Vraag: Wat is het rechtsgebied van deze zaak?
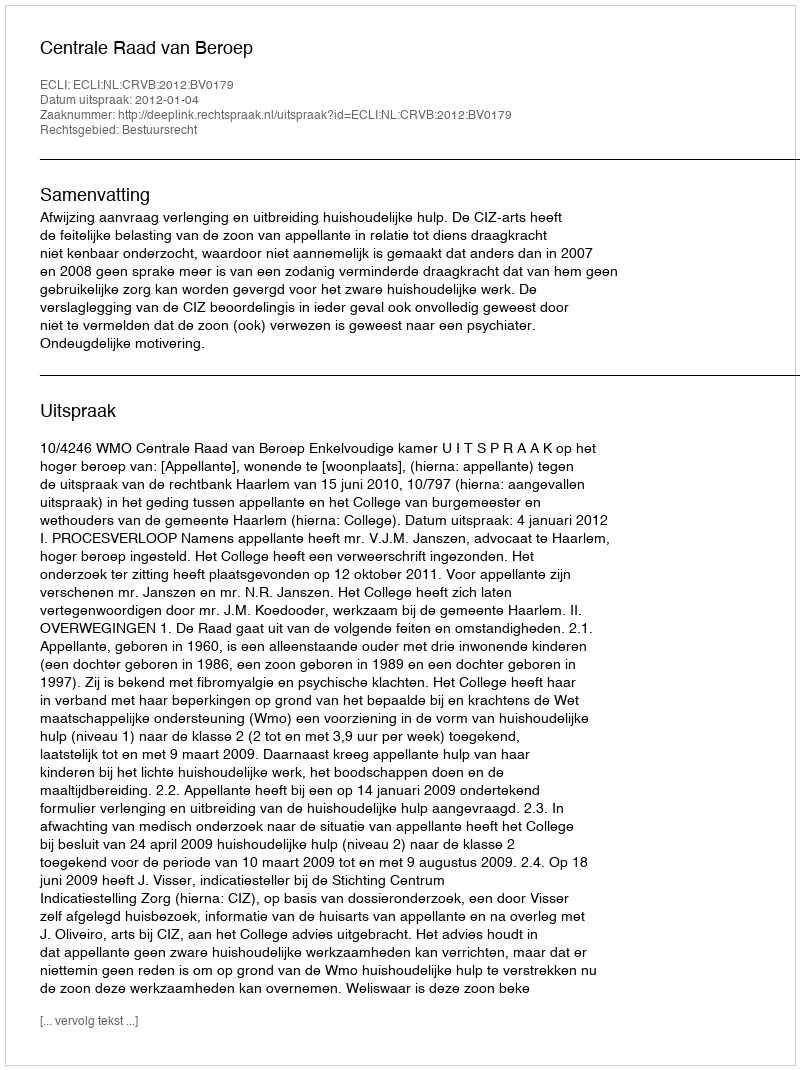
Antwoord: Bestuursrecht